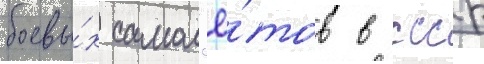
боевы́х самол'ё́тов в ссср